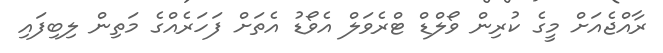
ރާއްޖެއަށް މީގެ ކުރިން ވޯލްޑް ޓްރެވަލް އެވޯޑު އެތަށް ފަހަރެއްގެ މަތިން ލިބިފައި